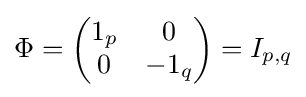
\Phi =\left({\begin{matrix}1_{p}&0\\0&-1_{q}\end{matrix}}\right)=I_{p,q}